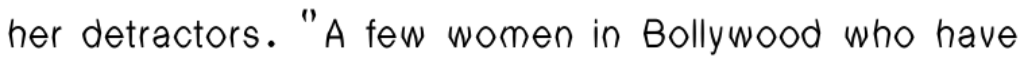
her detractors. "A few women in Bollywood who have